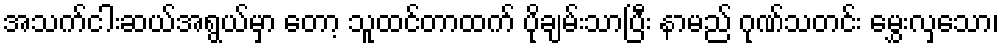
အသက်ငါးဆယ်အရွယ်မှာ တော့ သူထင်တာထက် ပိုချမ်းသာပြီး နာမည် ဂုဏ်သတင်း မွှေးလှသော၊